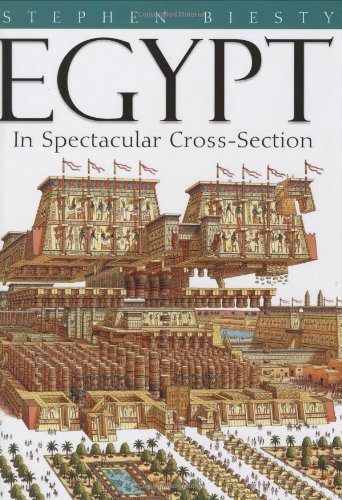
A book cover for Egypt: In Spectacular Cross-section; Stewart Ross; Children's Books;